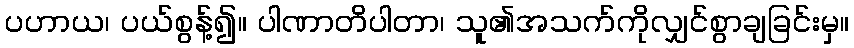
ပဟာယ၊ ပယ်စွန့်၍။ ပါဏာတိပါတာ၊ သူ၏အသက်ကိုလျှင်စွာချခြင်းမှ။